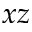
x z